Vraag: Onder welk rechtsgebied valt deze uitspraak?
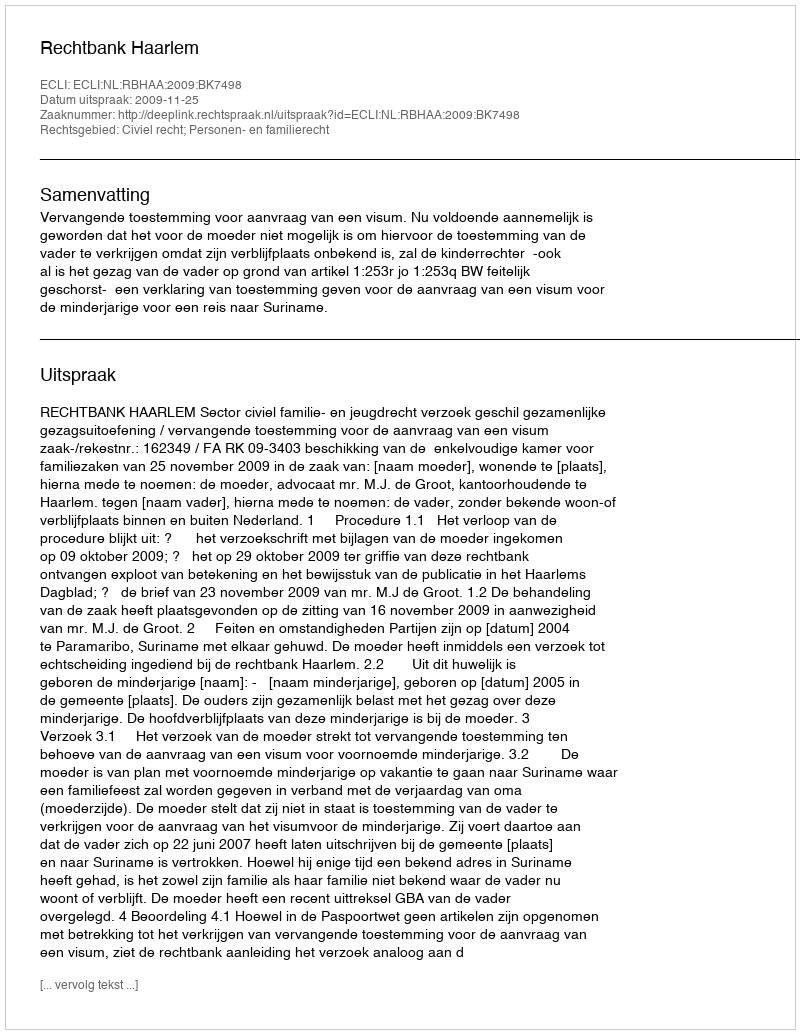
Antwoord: Civiel recht; Personen- en familierecht